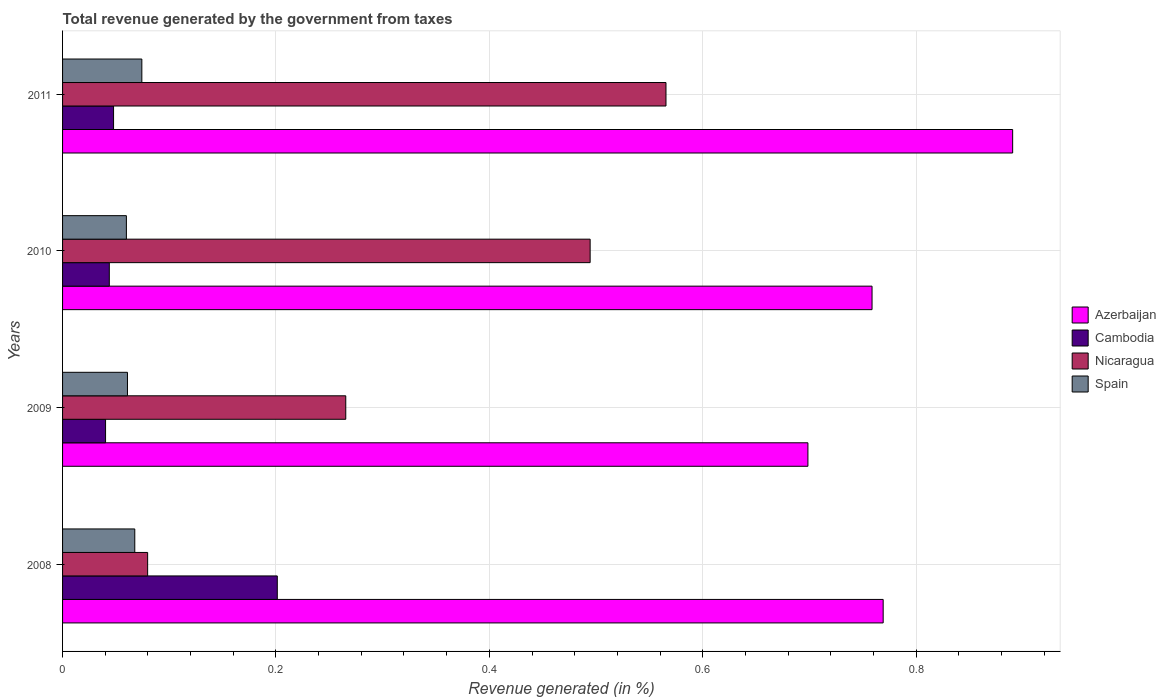
| Years | Azerbaijan | Cambodia | Nicaragua | Spain |
 | --- | --- | --- | --- | --- |
 | 2008 | 0.769 | 0.201 | 0.0797 | 0.0677 |
 | 2009 | 0.699 | 0.0403 | 0.265 | 0.0608 |
 | 2010 | 0.759 | 0.0438 | 0.494 | 0.0598 |
 | 2011 | 0.891 | 0.0478 | 0.566 | 0.0743 |